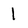
Character: 1